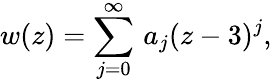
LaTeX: w(z)=\sum_{j=0}^{\infty}\, a_{j}(z-3)^{j},